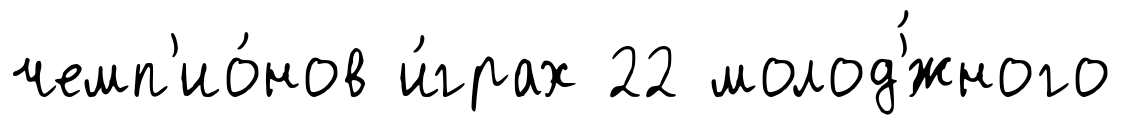
чемп'ио́нов и́грах 22 молод'́жного